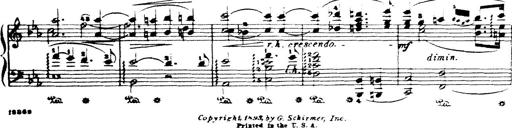
Title: Wagner-Liszt Album
Composer: Franz Liszt